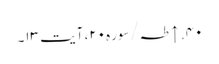
۴۰. ↑ طہ/سوره۲۰، آیت ۱۳۔